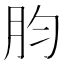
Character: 䏛